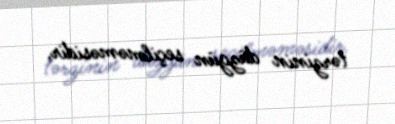
tərzinin düzgün seçilməməsidir.